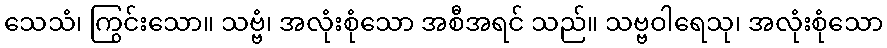
သေသံ၊ ကြွင်းသော။ သဗ္ဗံ၊ အလုံးစုံသော အစီအရင် သည်။ သဗ္ဗဝါရေသု၊ အလုံးစုံသော